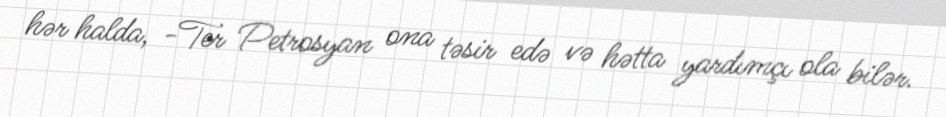
hər halda, -Ter Petrosyan ona təsir edə və hətta yardımçı ola bilər.